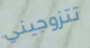
تتزوجيني